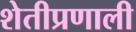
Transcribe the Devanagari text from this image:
शेतीप्रणाली